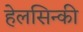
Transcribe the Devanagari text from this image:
हेलसिन्की